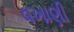
વખાણી